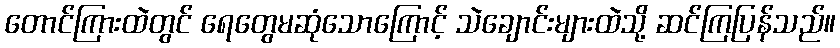
တောင်ကြားထဲတွင် ရေတွေမဆုံသောကြောင့် သဲချောင်းများထဲသို့ ဆင်ကြပြန်သည်။